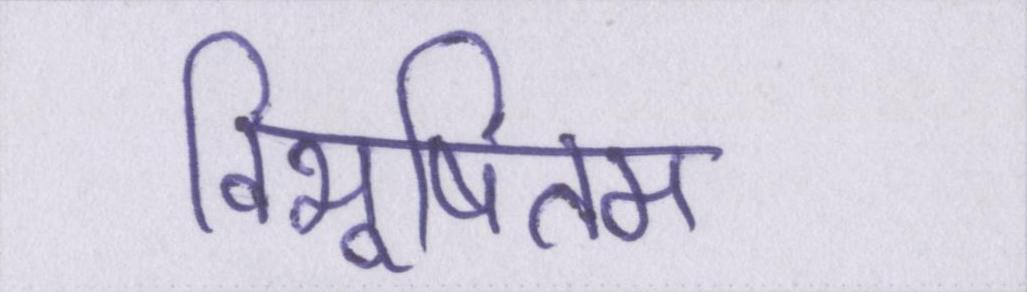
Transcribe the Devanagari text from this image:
विभूषितम